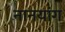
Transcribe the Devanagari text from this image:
नानयांग